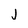
Character: j